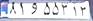
۸۱و۵۵۳۱۳